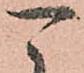
可